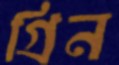
গ্রিন